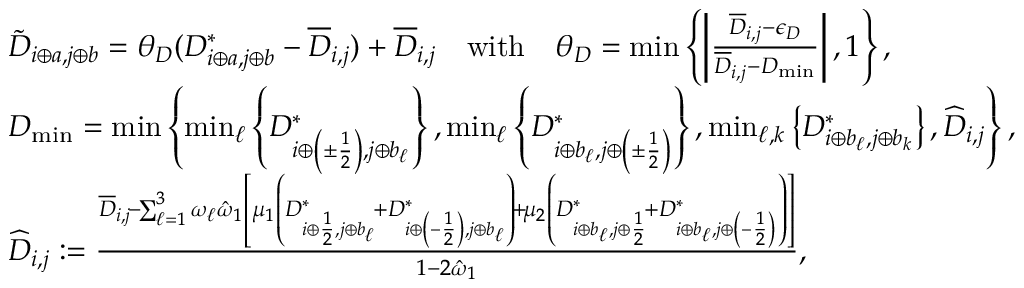
\begin{array} { r l } & { \tilde { D } _ { i \oplus a , j \oplus b } = \theta _ { D } ( D _ { i \oplus a , j \oplus b } ^ { * } - \overline { { D } } _ { i , j } ) + \overline { { D } } _ { i , j } \quad \mathrm { w i t h } \quad \theta _ { D } = \operatorname* { m i n } \left\{ \left| \frac { \overline { { D } } _ { i , j } - \epsilon _ { D } } { \overline { { D } } _ { i , j } - D _ { \operatorname* { m i n } } } \right| , 1 \right\} , } \\ & { D _ { \operatorname* { m i n } } = \operatorname* { m i n } \left\{ \operatorname* { m i n } _ { \ell } \left\{ D _ { i \oplus \left( \pm \frac 1 2 \right) , j \oplus b _ { \ell } } ^ { * } \right\} , \operatorname* { m i n } _ { \ell } \left\{ D _ { i \oplus b _ { \ell } , j \oplus \left( \pm \frac 1 2 \right) } ^ { * } \right\} , \operatorname* { m i n } _ { \ell , k } \left\{ D _ { i \oplus b _ { \ell } , j \oplus b _ { k } } ^ { * } \right\} , \widehat { D } _ { i , j } \right\} , } \\ & { \widehat { D } _ { i , j } : = \frac { \overline { { D } } _ { i , j } \! - \! \sum _ { \ell = 1 } ^ { 3 } \omega _ { \ell } \hat { \omega } _ { 1 } \left[ \mu _ { 1 } \left( D _ { i \oplus \frac 1 2 , j \oplus b _ { \ell } } ^ { * } \! + D _ { i \oplus \left( - \frac 1 2 \right) , j \oplus b _ { \ell } } ^ { * } \right) \! + \! \mu _ { 2 } \left( D _ { i \oplus b _ { \ell } , j \oplus \frac 1 2 } ^ { * } \! + D _ { i \oplus b _ { \ell } , j \oplus \left( - \frac 1 2 \right) } ^ { * } \right) \right] } { 1 - 2 \hat { \omega } _ { 1 } } , } \end{array}